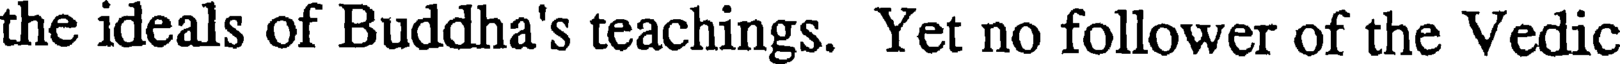
the ideals of Buddha's teachings. Yet no follower of the Vedic